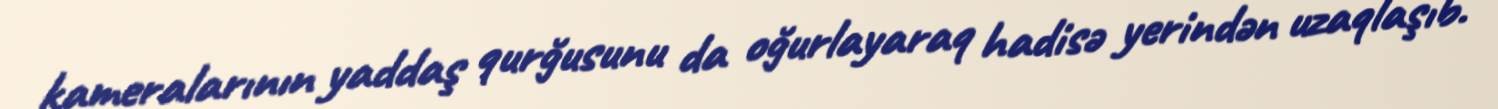
kameralarının yaddaş qurğusunu da oğurlayaraq hadisə yerindən uzaqlaşıb.